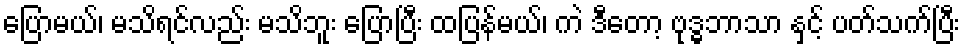
ပြောမယ်၊ မသိရင်လည်း မသိဘူး ပြောပြီး ထပြန်မယ်၊ ကဲ ဒီတော့ ဗုဒ္ဓဘာသာ နှင့် ပတ်သက်ပြီး